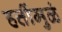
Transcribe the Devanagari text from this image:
हत्तींमुळं